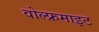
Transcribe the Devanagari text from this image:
वोल्फ्रमाइट